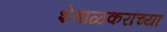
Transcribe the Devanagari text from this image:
शेवाळकरांच्या